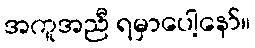
အကူအညီ ရမှာပေါ့နော်။